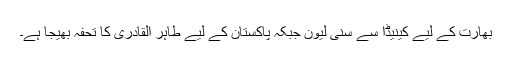
بھارت کے لیے کینیڈا سے سنی لیون جبکہ پاکستان کے لیے طاہر القادری کا تحفہ بھیجا ہے۔